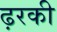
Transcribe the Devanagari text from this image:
ढ़रकी